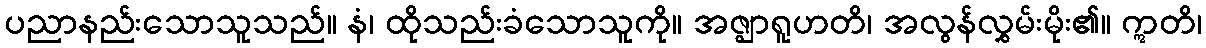
ပညာနည်းသောသူသည်။ နံ၊ ထိုသည်းခံသောသူကို။ အဇ္ဈာရူဟတိ၊ အလွန်လွှမ်းမိုး၏။ ဣတိ၊